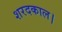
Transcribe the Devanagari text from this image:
शरदकाल।